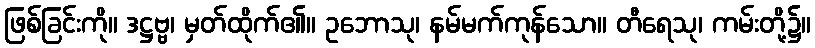
ဖြစ်ခြင်းကို။ ဒဋ္ဌဗ္ဗ၊ မှတ်ထိုက်၏။ ဥဘောသု၊ နမ်မက်ကုန်သော။ တီရေသု၊ ကမ်းတို့၌။